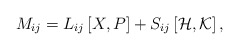
\begin{align*}M_{ij}=L_{ij}\left[ X,P\right] +S_{ij}\left[ {\cal H},{\cal K}\right] ,\end{align*}